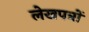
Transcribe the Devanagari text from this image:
लेखपत्रों